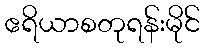
ဧရိယာစတုရန်းမိုင်